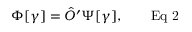
\Phi [ \gamma ] = { \hat { O } } ^ { \prime } \Psi [ \gamma ] , \qquad { \mathrm { E q ~ 2 } }